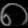
Digit: ၈